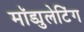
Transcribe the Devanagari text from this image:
मॉड्युलेटिंग